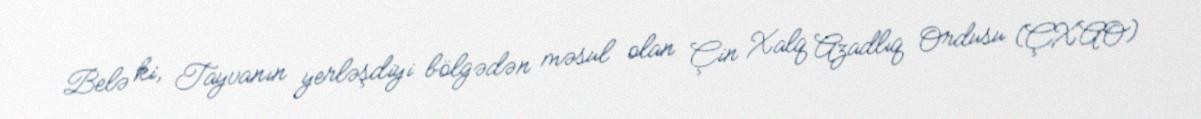
Belə ki, Tayvanın yerləşdiyi bölgədən məsul olan Çin Xalq Azadlıq Ordusu (ÇXAO)